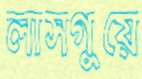
লাসগুয়ে